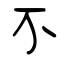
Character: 不